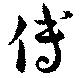
傅